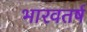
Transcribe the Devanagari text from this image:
भारवतर्ष